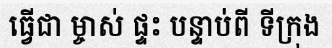
ធ្វើជា ម្ចាស់ ផ្ទះ បន្ទាប់ពី ទីក្រុង